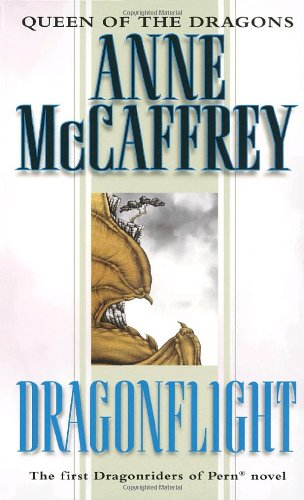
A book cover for Dragonflight (Dragonriders of Pern - Volume 1); Anne McCaffrey; Science Fiction & Fantasy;